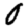
Digit: 0